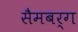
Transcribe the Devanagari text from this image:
सैमबर्ग